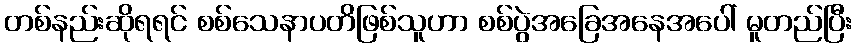
တစ်နည်းဆိုရရင် စစ်သေနာပတိဖြစ်သူဟာ စစ်ပွဲအခြေအနေအပေါ် မူတည်ပြီး